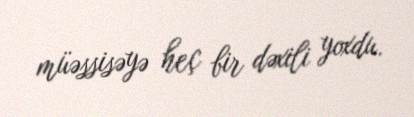
müəssisəyə heç bir dəxili yoxdu.